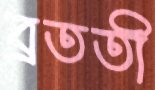
ব্রততী